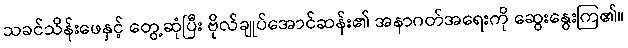
သခင်သိန်းဖေနှင့် တွေ့ဆုံပြီး ဗိုလ်ချုပ်အောင်ဆန်း၏ အနာဂတ်အရေးကို ဆွေးနွေးကြ၏။